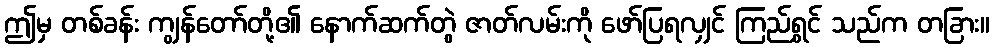
ဤမှ တစ်ခန်း ကျွန်တော်တို့၏ နောက်ဆက်တွဲ ဇာတ်လမ်းကို ဖော်ပြရလျှင် ကြည်ရွှင် သည်က တခြား။